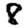
Digit: 8